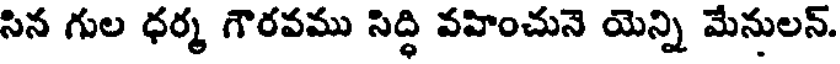
సిన గుల ధర్మ గౌరవము సిద్ధి వహించునె యెన్ని మేనులన్.